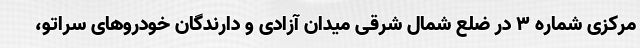
مرکزی شماره 3 در ضلع شمال شرقی میدان آزادی و دارندگان خودروهای سراتو،